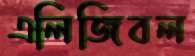
এলিজিবল